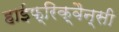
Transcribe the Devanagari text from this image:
हाईफ्रिक्वैन्सी